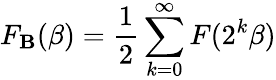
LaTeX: F_{\mathbf{B}}(\beta)=\frac{{1}}{{2}}\sum_{k=0}^{\infty}F(2^{k}\beta)